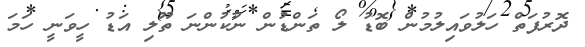
ދޮރުފަތް ހަލުވައިލުމުން ބޮޑު ލޯ ތަންޑުން ނުކުންނަ ތޫލި އަޑު ހީވަނީ ހަމަ